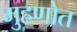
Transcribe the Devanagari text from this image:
मुहणोत